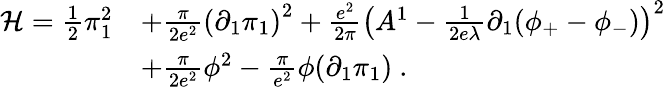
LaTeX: \begin{array}{rl}{{{\cal H}=\frac{1}{2}\pi_{1}^{2}}}&{{+\frac{\pi}{2e^{2}}\left(\partial_{1}\pi_{1}\right)^{2}+\frac{e^{2}}{2\pi}\left(A^{1}-\frac{1}{2e\lambda}\partial_{1}(\phi_{+}-\phi_{-})\right)^{2}}}\\ {{}}&{{+\frac{\pi}{2e^{2}}\phi^{2}-\frac{\pi}{e^{2}}\phi(\partial_{1}\pi_{1})\ .}}\end{array}